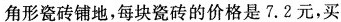
角形瓷砖铺地，每块瓷砖的价格是7.2元，买